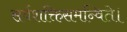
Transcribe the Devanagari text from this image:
सर्वशक्तिसमन्विते।